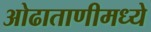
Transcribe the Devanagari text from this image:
ओढाताणीमध्ये